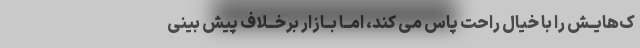
ک‌هایــش را با خیال راحت پاس مى کند، امــا بــازار برخــلاف پیش بینى